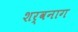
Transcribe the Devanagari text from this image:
शर्वनाग